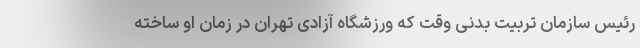
رئیس سازمان تربیت بدنی وقت که ورزشگاه آزادی تهران در زمان او ساخته